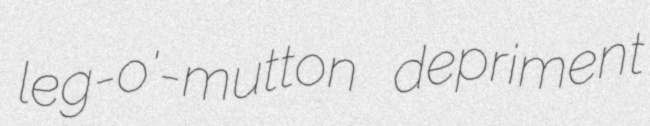
leg-o'-mutton depriment